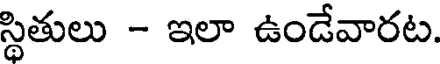
స్థితులు - ఇలా ఉండేవారట.